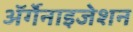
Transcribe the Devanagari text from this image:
ॲर्गेनाइजेशन